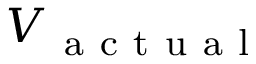
V _ { \mathrm { ~ a ~ c ~ t ~ u ~ a ~ l ~ } }